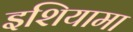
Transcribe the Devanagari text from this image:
इशियामा